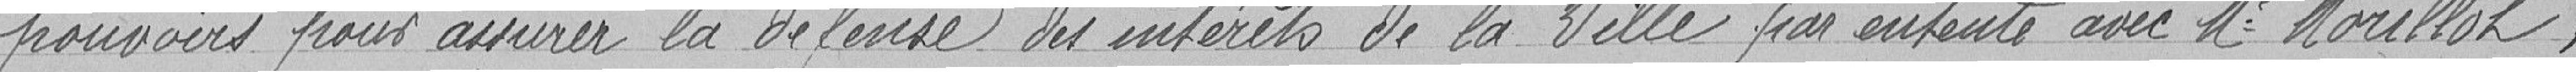
pouvoirs pour assurer la défense des intérêts de la ville par entente avec Monsieur Morillot,